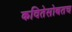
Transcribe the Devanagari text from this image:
कवितेसोबतच